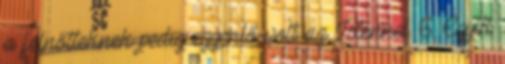
a felnőtteknek pedig egyenlő volt az Istennel. 6. Egyik